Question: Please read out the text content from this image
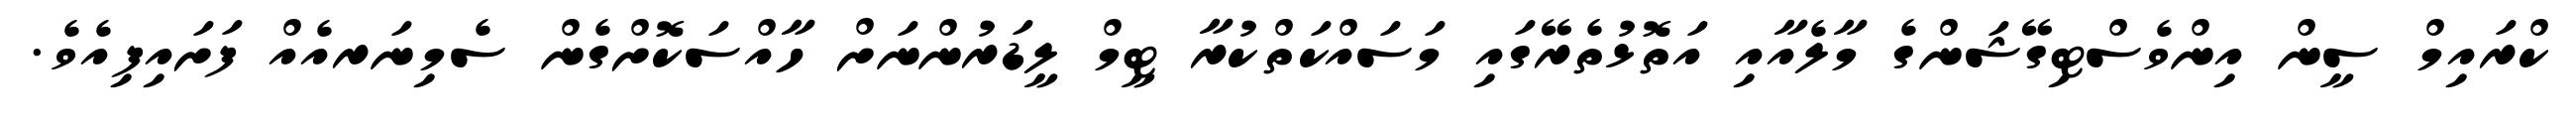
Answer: ކްރައިމް ސީން އިންވެސްޓިގޭޝަންގެ މާލެއާއި އަތޮޅުތެރޭގައި މަސައްކަތްކުރާ ޓީމް ލީޑަރުންނަށް ހާއްސަކޮށްގެން ސެމިނަރއެއް ފަށައިފިއެވެ.